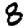
Digit: 8